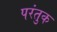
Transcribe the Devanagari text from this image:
परंतुक